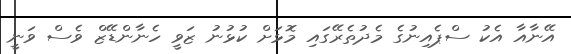
އޭނާއާ އެކު ސްޕެއިނުގެ މެދުތެރޭގައި މޮޅަށް ކުޅުނު ޒަވީ ހެނާންޑޭޒް ވެސް ވަނީ